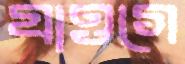
যাওগে